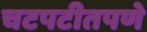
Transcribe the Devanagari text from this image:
चटपटीतपणे